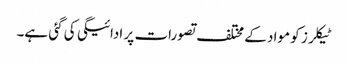
ٹیکلرز کو مواد کے مختلف تصورات پر ادائیگی کی گئی ہے۔